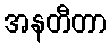
အနတီတာ